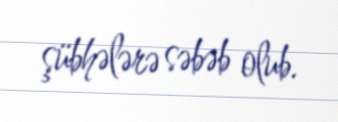
şübhələrə səbəb olub.